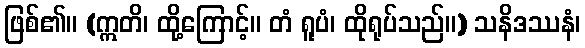
ဖြစ်၏။ (ဣတိ၊ ထို့ကြောင့်။ တံ ရူပံ၊ ထိုရုပ်သည်။) သနိဒဿနံ၊